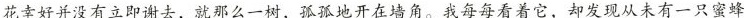
花幸好并没有立即谢去，就那么一树，孤孤地开在墙角。我每每看着它，却发现从未有一只蜜蜂